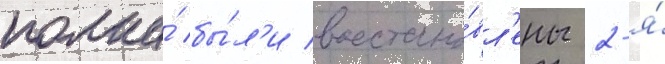
полка́ бы́л'и восстано́вл'ены 2-я́